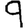
Digit: 9